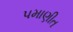
પમાણીત